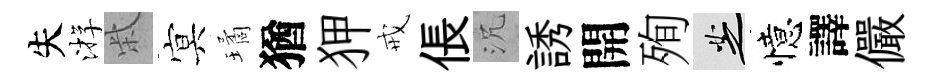
失㳺柴㝠璚猶狎戒倀沉誘開殉芝憶譯儼